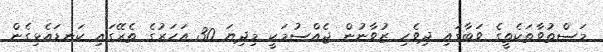
މަސްތުވާތަކެތީގެ ވަބާގައި ދިވެހި ޒުވާނުން ޖެއްސުމަކީ މިދިޔަ 30 އަހަރުގެ ތެރޭގައި ކަނޑައެޅިގެން